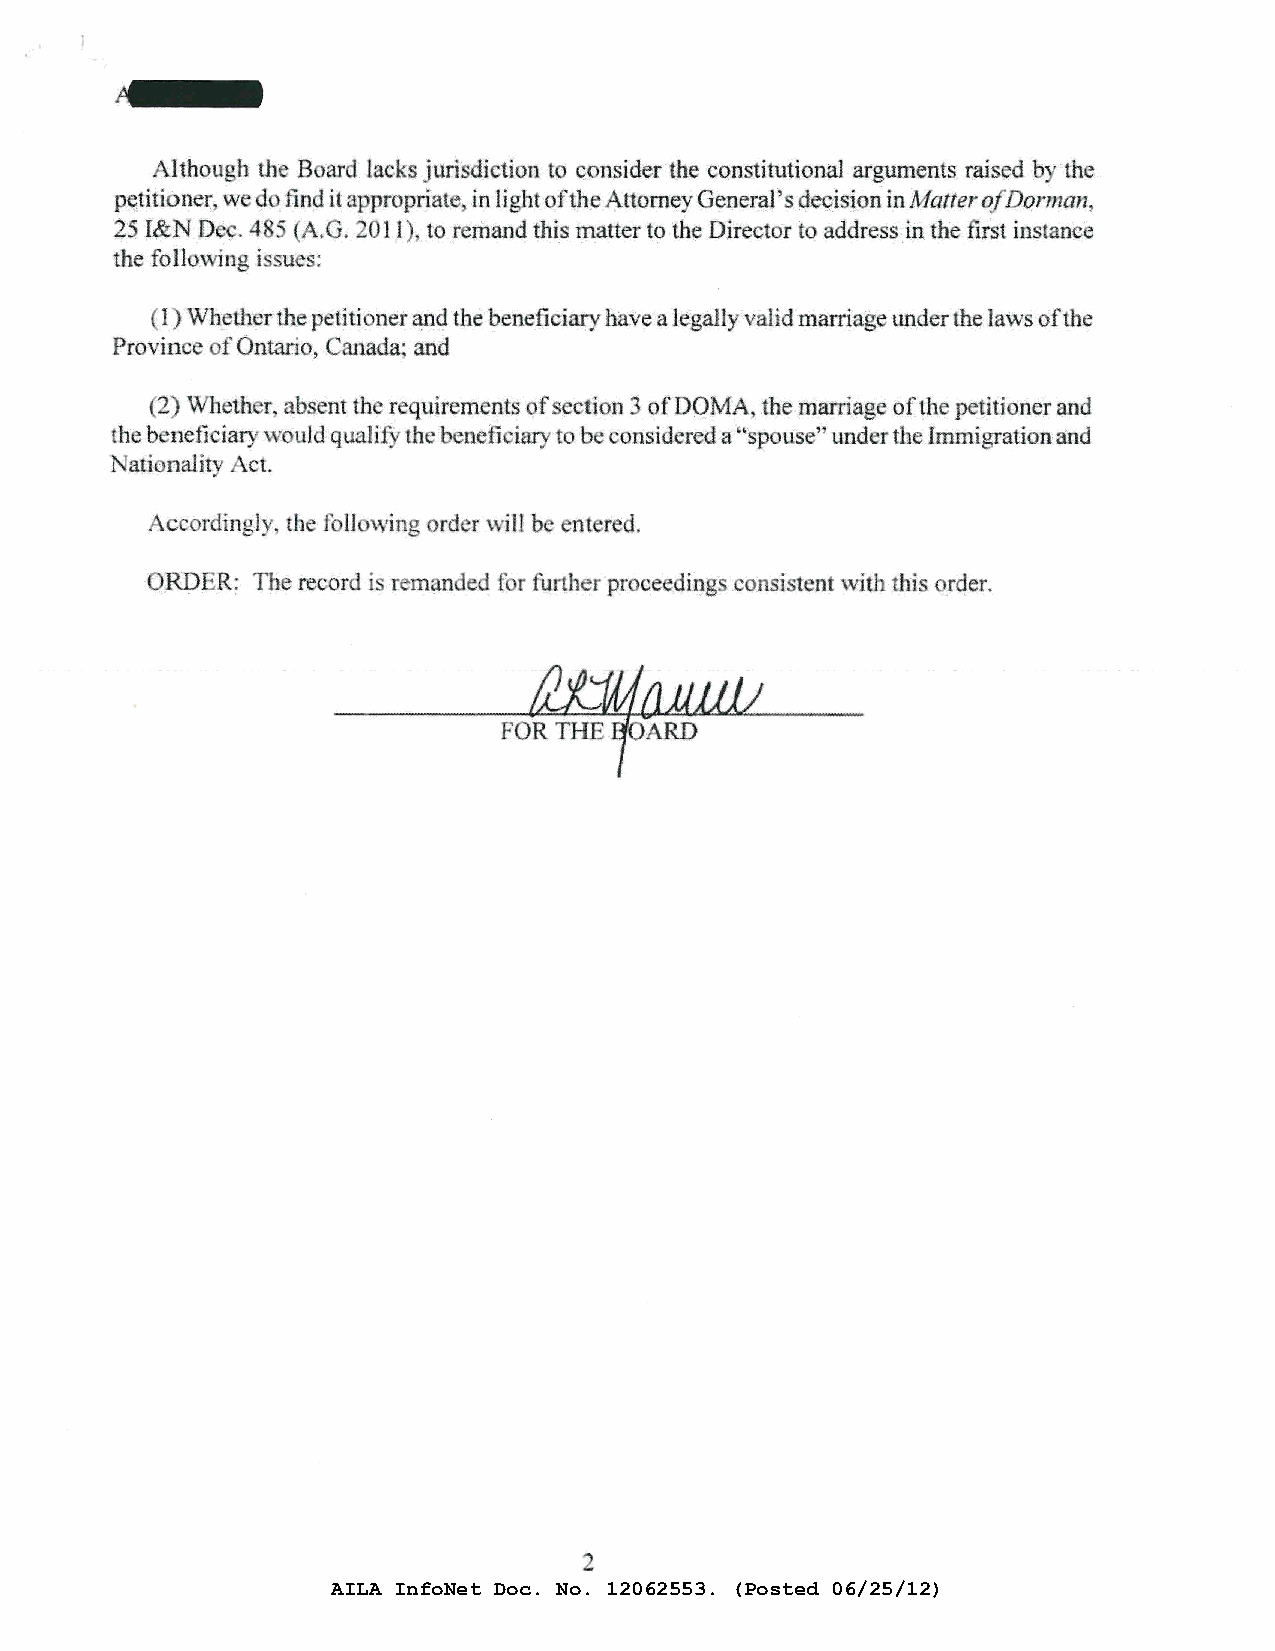
-
 Altho.ugh th B ard lacks jurisdiction to consider the constitutional argun1ents raised by the
 pe,titi n r wed· find it appropriate~ in light ofth~ Attorney Gener':)l 's <JeQisipn in Jvlatter ofD orman,
 25 I&N D .. 4 5 (A. G. 2011 to re•nand this rnatter to th(! Director to address in the first instance
 the following i sues:
 ( 1 Wb.ether th .p etitioner and. the beneficiary have a legally valid 1narriage under the laws oft he
 Provin e f Ontario, anada~ and
 2) Wheth r absent the requirements of ection 3 ofDQ:tv1A .the marriage ofth(! petitioner and
 he b neficiaryvvould-qua1i .· thebenefi iaryto b onsidereda 'sp use' und rtbe Imn1igrationand
 nality ct.
 cc rdin~)y, th foll \Ving order will b ent red.
 ORD .. R: The record L -r m n .ed t1 r further pr ceeding .consi. tent with this order.
 2
 AILA InfoNet Doc. No. 12062553. (Posted 06/25/12)